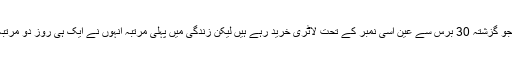
لیکن یاد رہے کہ جو گزشتہ 30 برس سے عین اسی نمبر کے تحت لاٹری خرید رہے ہیں لیکن زندگی میں پہلی مرتبہ انہوں نے ایک ہی روز دو مرتبہ لاٹری جیتی ہے۔